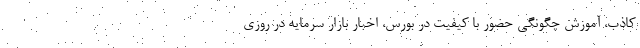
کاذب، آموزش چگونگی حضور با کیفیت در بورس، اخبار بازار سرمایه در روزی